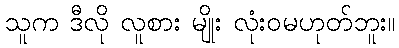
သူက ဒီလို လူစား မျိုး လုံးဝမဟုတ်ဘူး။